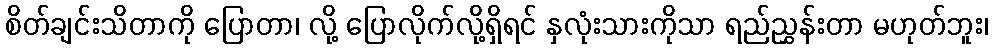
စိတ်ချင်းသိတာကို ပြောတာ၊ လို့ ပြောလိုက်လို့ရှိရင် နှလုံးသားကိုသာ ရည်ညွှန်းတာ မဟုတ်ဘူး၊